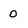
Character: o